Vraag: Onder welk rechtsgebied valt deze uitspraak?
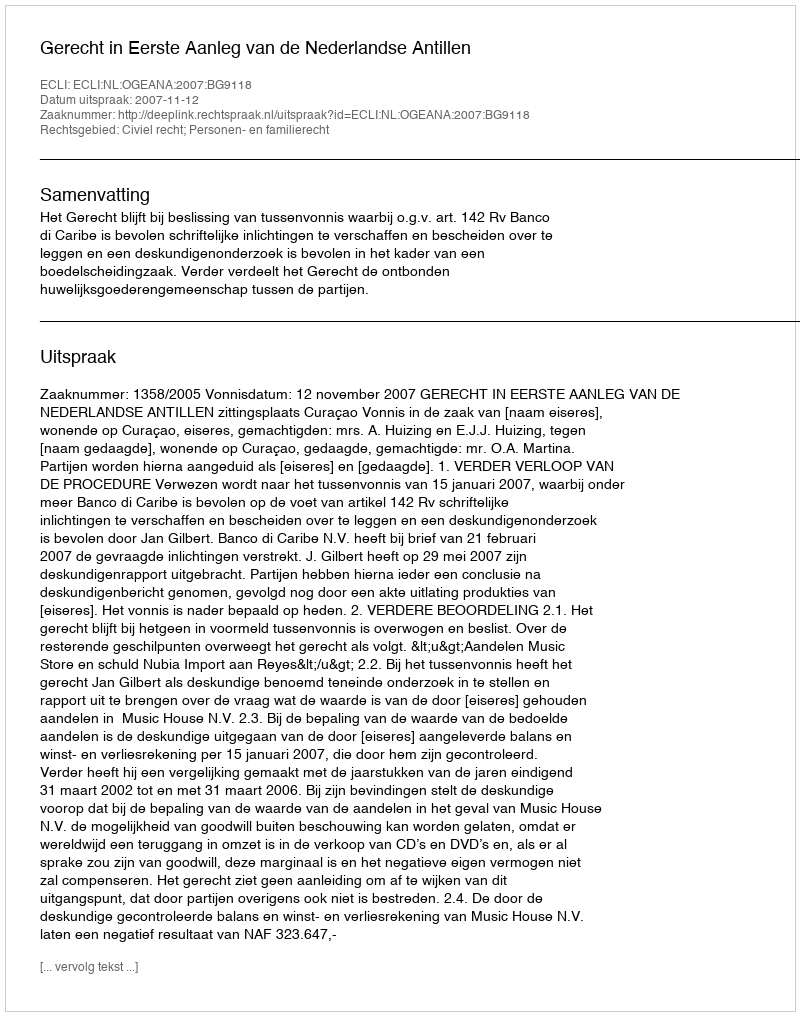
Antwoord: Civiel recht; Personen- en familierecht